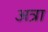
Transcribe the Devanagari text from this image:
अत्रा